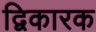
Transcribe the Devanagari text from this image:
द्विकारक